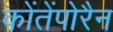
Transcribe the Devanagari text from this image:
कोंतेंपोरैन